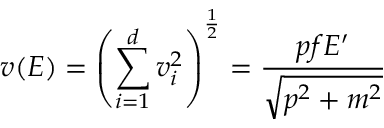
v ( E ) = \left( \sum _ { i = 1 } ^ { d } v _ { i } ^ { 2 } \right) ^ { \frac { 1 } { 2 } } = \frac { p f E ^ { \prime } } { \sqrt { p ^ { 2 } + m ^ { 2 } } }